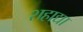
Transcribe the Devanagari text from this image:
शहाद्या